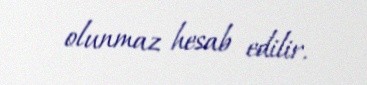
olunmaz hesab edilir.